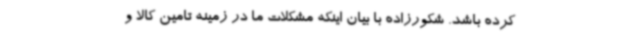
کرده باشد. شکورزاده با بیان اینکه مشکلات ما در زمینه تامین کالا و